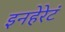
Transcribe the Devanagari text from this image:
इनहेरेटं